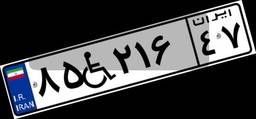
۸۵W۲۱۶۴۷